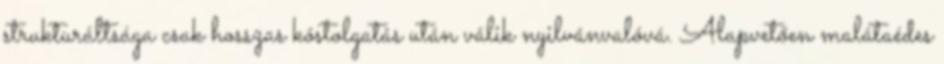
strukturáltsága csak hosszas kóstolgatás után válik nyilvánvalóvá. Alapvetően malátaédes